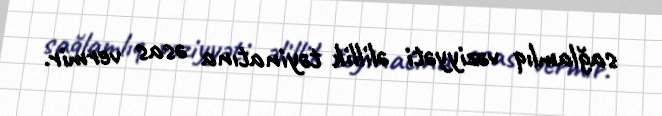
sağlamlıq vəziyyəti əlillik təyinatına əsas vermir.